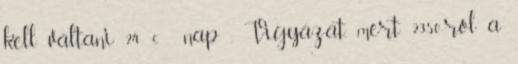
kell váltani 24 € nap . Vigyázat, mert 2350-ről a